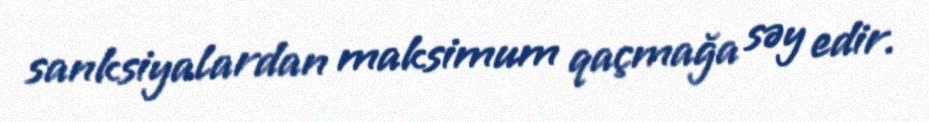
sanksiyalardan maksimum qaçmağa səy edir.